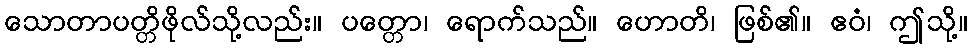
သောတာပတ္တိဖိုလ်သို့လည်း။ ပတ္တော၊ ရောက်သည်။ ဟောတိ၊ ဖြစ်၏။ ဧဝံ၊ ဤသို့။